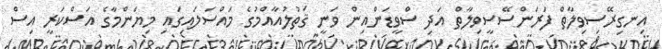
އިނގިރޭސިވިލާތް ފަރަންސޭސީވިލާތް އަދި ސްވީޑަންއިން ވަނީ ޤަތުލުއާއްމުގެ މައްސަލައިގައި މިޔަންމާގެ އަސްކަރީ އިސް